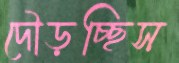
দৌড়চ্ছিস